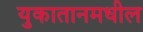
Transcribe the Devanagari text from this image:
युकातानमधील